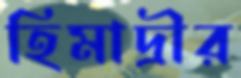
হিমাদ্রীর